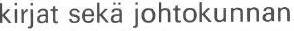
kirjat sekä johtokunnan